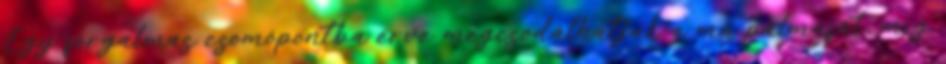
Egy forgalmas csomópontba érve megcsodálhatjuk a mű pálmafát, míg